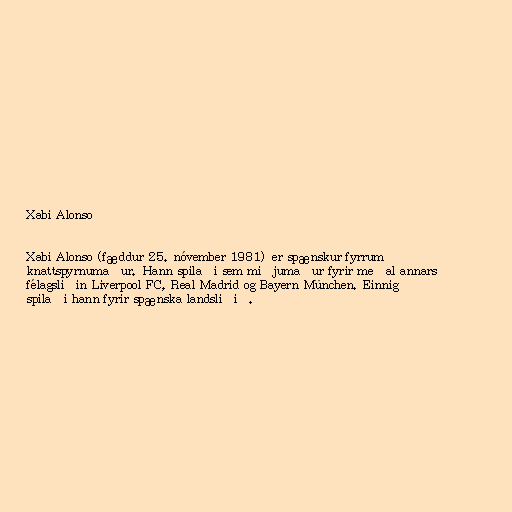
Xabi Alonso

Xabi Alonso (fæddur 25. nóvember 1981) er spænskur fyrrum
knattspyrnumaður. Hann spilaði sem miðjumaður fyrir meðal annars
félagsliðin Liverpool FC, Real Madrid og Bayern München. Einnig
spilaði hann fyrir spænska landsliðið.